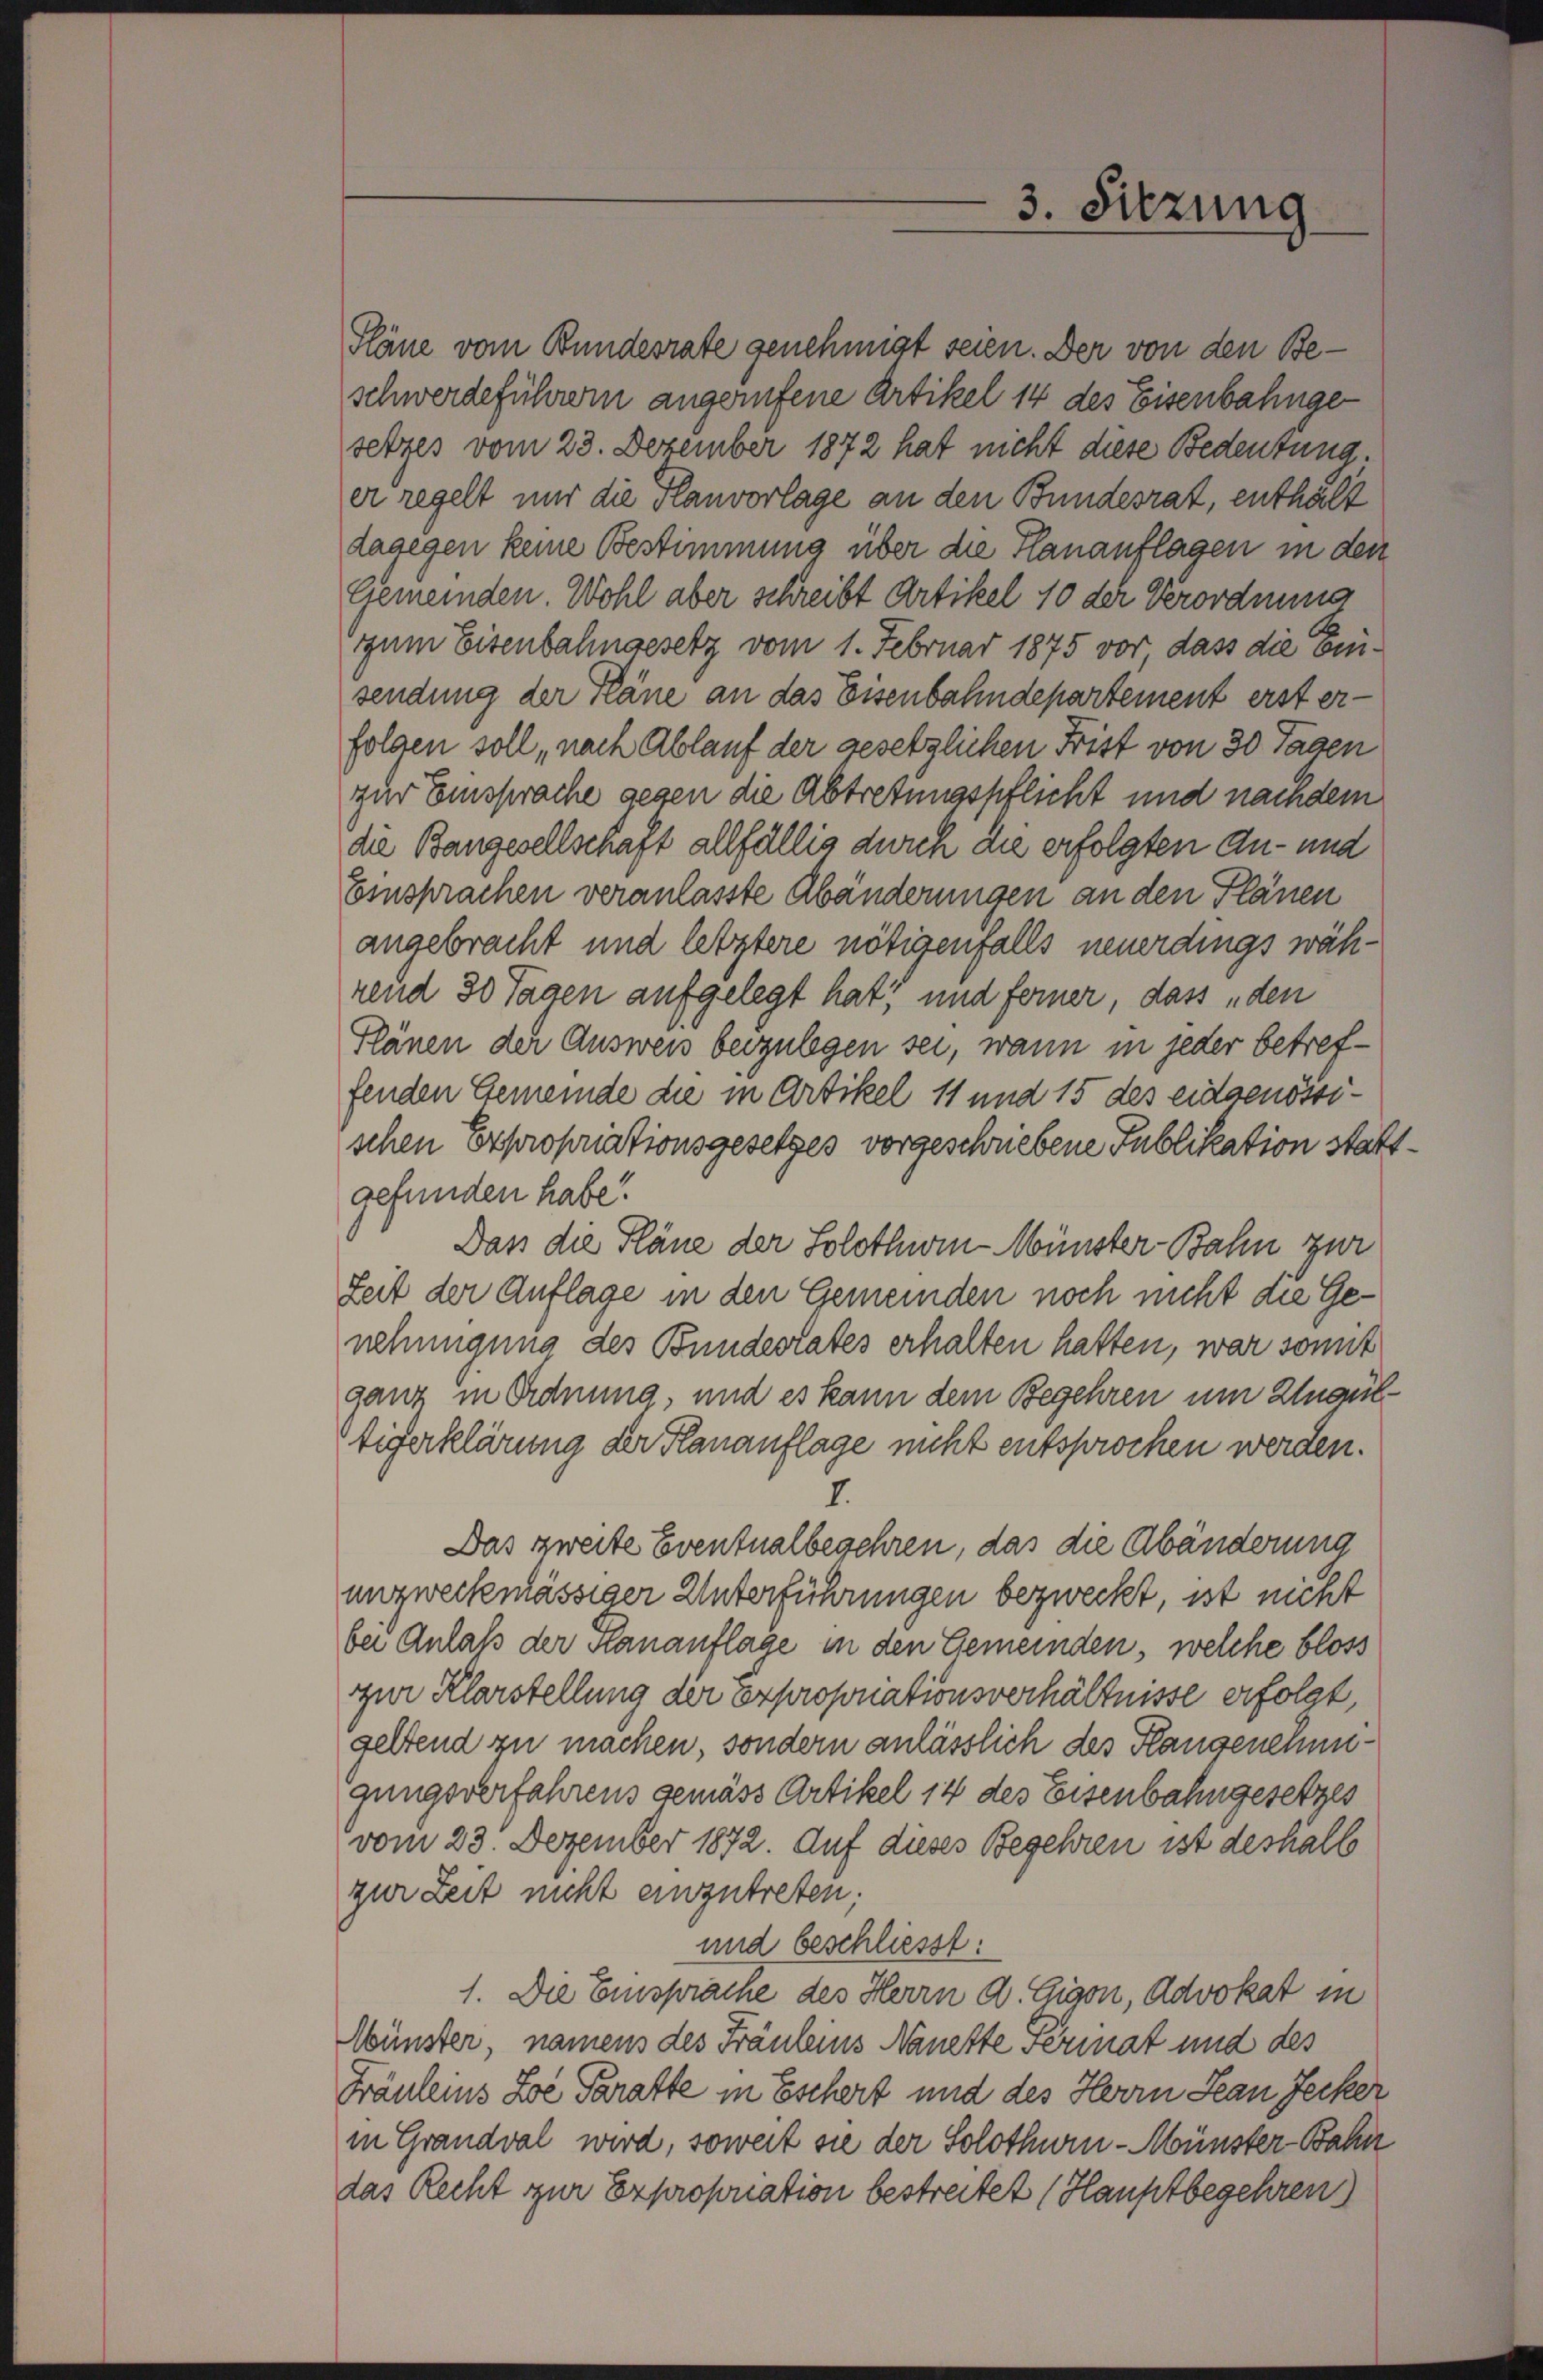
3. Sitzung

Pläne vom Bundesrate genehmigt seien. Der von den Beschwerdeführern angerufene Artikel 14 des Eisenbahngesetzes vom 23. Dezember 1872 hat nicht diese Bedeutung.
er regelt nur die Planvorlage an den Bundesrat, enthält
dagegen keine Bestimmung über die Planauflagen in den
Gemeinden. Wohl aber schreibt Artikel 10 der Verordnung
zzum Eisenbahngesetz vom 1. Februar 1875 vor dass die Emsendung der Pläne an das Eisenbahndepartement erst erfolgen soll, nach Ablauf der gesetzlichen Frist von 30 Tagen
zur Einsprache gegen die Abtretungspflicht und nachdem
die Bangesellschaft allfällig durch die erfolgten An- und
Einsprachen veranlasste Abänderungen an den Plänen
angebracht und letztere nötigenfalls neuerdings während 30 Tagen aufgelegt hat, und ferner dass „den
Plänen der Ausweis beizulegen sei, wann in jeder betreffenden Gemeinde die in Artikel 11 und 15 des eidgenossischen Expropriationsgesetzes vorgeschriebene Publikation stattgefunden habe.
Dass die Pläne der Solothwin-Münster Bahn zur
Zeit der Auflage in den Gemeinden noch nicht die Genehmigung des Bundesrates erhalten hatten, war somit
ganz in Ordnung, und es kann dem Begehren um Ungültiferklärung der Hanauflage nicht entsprochen werden.
I.
Das zweite Eventualbegehren, das die Abänderung
unzweckmässiger Unterführungen bezweckt, ist nicht
bei Anlaß der Planauflage in den Gemeinden, welche bloss
zur Klarstellung der Expropriationsverhältnisse erfolgt,
geltend zu machen, sondern anlässlich des Plangenehmigungsverfahrens gemäss Artikel 14 des Eisenbahngesetzes
vom 23. Dezember 1872. Auf dieses Begehren ist deshalb
zur Zeit nicht einzutreten;
und beschliesst:
1. Die Einsprache des Herrn A. Gison, Advokat in
Münster, namens des Fräuleins Nanette Permat und des
Fräuleins Zoe Paratte in Eschert und des Herrn Kan Jecker
in Grandval wird, soweit sie der Solothurn-Münster-Bahn
das Recht zur Exproporation bestreitet (Hauptbegehren